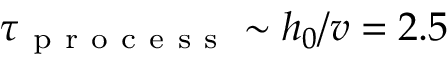
\tau _ { \mathrm { ~ p ~ r ~ o ~ c ~ e ~ s ~ s ~ } } \sim h _ { 0 } / v = 2 . 5